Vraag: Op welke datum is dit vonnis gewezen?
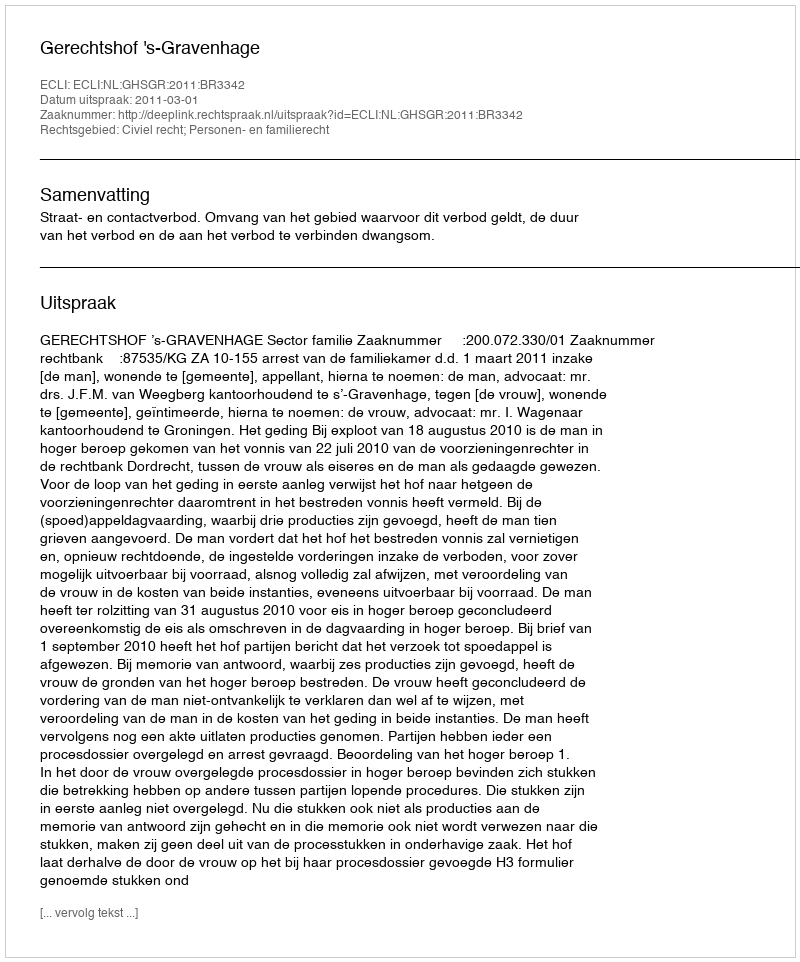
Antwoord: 2011-03-01